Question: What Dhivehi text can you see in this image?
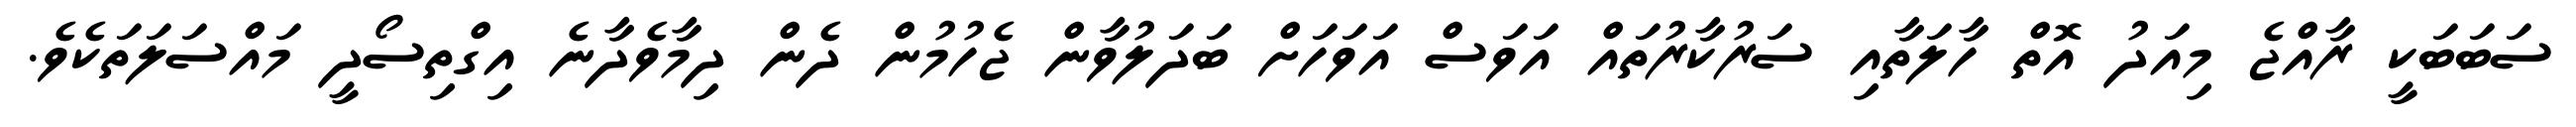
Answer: ސަބަބަކީ ރާއްޖެ މިއަދު އޮތް ހާލަތާއި ސަރުކާރުތައް އަވަސް އަވަހަށް ބަދަލުވާން ޖެހުމުން ދެން ދިމާވެދާނެ އިގްތިސޯދީ މައްސަލަތަކެވެ.